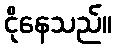
ငိုနေသည်။